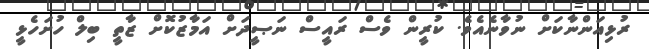
ރުޅިއަންނާކަށް ނުވާނެއެވެ. ކުރީން ވެސް ރައީސް ނަޞީދަށް އަމާޒުކޮށް ޒާތީ ބިލް ހުށަހެޅީ